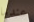
عندما